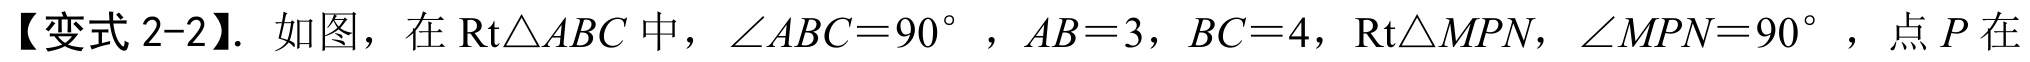
【变式 2-2】. 如图，在\(\text{Rt}\triangle ABC\)中，\(\angle ABC = 90^{\circ}\)，\(AB = 3\)，\(BC = 4\)，\(\text{Rt}\triangle MPN\)，\(\angle MPN = 90^{\circ}\)，点\(P\)在